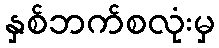
နှစ်ဘက်စလုံးမှ